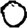
Digit: 0